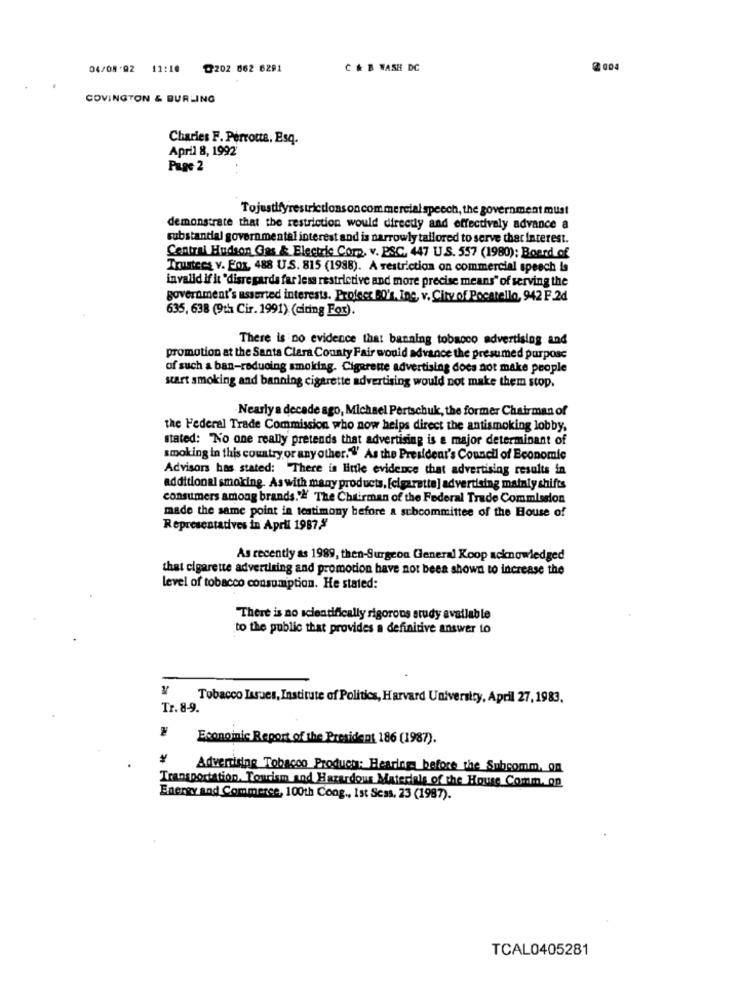
04/08 92 11:10
@202 662 6291
C & B WASH DC
2004
COVINGTON & BURLING
Charies F. Perrotta. Esq.
April 8, 1992
PugG 2
Tojustifyrestrictions on commercial speech, the government must
demonstrate that the restriction would direcdy and effectively advance a
substantial governmental interest and is narrowly tailored to serve that interest.
Central Hudson Gas & Electric Comp, v. PSC, 447 U.S. 557 (1980): Board of
Trustees v. Fox, 488 U.S. 815 (1988). A restriction on commercial speech la
invalld if it 'disre gards far less restrictive and more precise means" of serving the
government's asserted interests. Profecr 50', Inc, v. City of Pocatello, 942 F.2d
635, 638 (9th Cir. 1991) (citing For).
There is no evidence that banning tobacco advertising and
promotion at the Santa Clara County Fair would advance the presumed purpose
of such a ban-reducing smoking. Cigarette advertising does not make people
start smoking and banning cigarette advertising would not make them stop.
Nearly a decade ago, Michael Pertschuk, the former Chairman of
the Federal Trade Commission who now helps direct the antismoking lobby,
stated: No one really pretends that advertising is a major determinant of
smoking in this country or any other.""' As the President's Council of Economic
Advisors has stated: There is little evidence that advertising results in
additional smoking. As with many products, [cigarette] advertising mainly shifts
consumers among brands."" The Chairman of the Federal Trade Commission
made the same point in testimony before a subcommittee of the House of
Representatives in April 1987,"
As recently as 1989, then-Surgeon General Koop acknowledged
that cigarette advertising and promotion have not been shown to increase the
level of tobacco consumption. He stated:
There is no scientifically rigorous study available
to the public that provides a definitive answer to
Tobacco Issues, Institute of Politics, Harvard University, April 27,1983,
Tr. 8-9.
Economic Report of the President 186 (1987).
Advertising Tobacco Products: Hearing before the Subcomm, on
Transportation, Tourism and Hazardous Materials of the House Comm. on
Energy and Commerce, 100th Cong ., Ist Sess. 23 (1987).
TCAL0405281